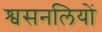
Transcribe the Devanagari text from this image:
श्वसनलियों